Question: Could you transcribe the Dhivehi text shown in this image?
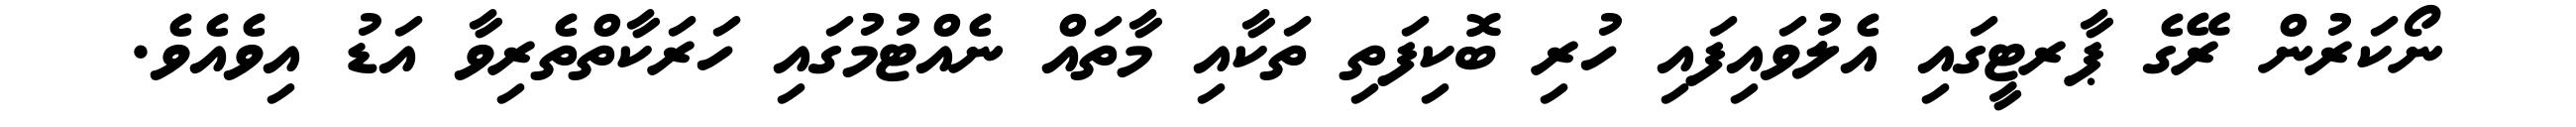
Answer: ނޯކަރުން ރޭގެ ޕާރޓީގައި އެލުވައިފައި ހުރި ބޮކިފަތި ތަކާއި މާތައް ނެއްޓުމުގައި ހަރަކާތްތެރިވާ އަޑު އިވެއެވެ.